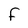
Character: F